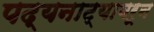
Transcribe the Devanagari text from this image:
पद्यनाट्यावरून